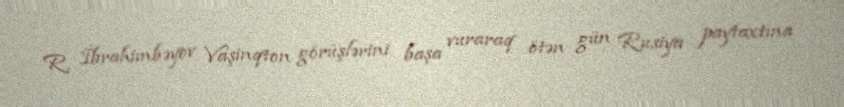
R. İbrahimbəyov Vaşinqton görüşlərini başa vuraraq ötən gün Rusiya paytaxtına